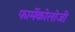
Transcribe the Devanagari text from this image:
फार्मेकोलोजी